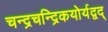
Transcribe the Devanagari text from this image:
चन्द्रचन्द्रिकयोर्यद्वद्